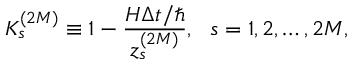
K _ { s } ^ { ( 2 M ) } \equiv 1 - \frac { H \Delta t / \hbar } { z _ { s } ^ { ( 2 M ) } } , \ \ s = 1 , 2 , \dots , 2 M ,